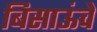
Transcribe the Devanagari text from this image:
बिसाऊंचे